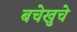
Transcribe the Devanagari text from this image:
बचेखुचे